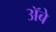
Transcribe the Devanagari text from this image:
ॲबे